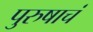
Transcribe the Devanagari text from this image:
पुरुषाचं